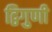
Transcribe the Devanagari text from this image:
द्विगुणी